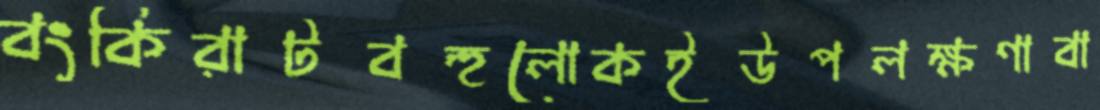
বংকিরাটবহুলোকইউপলক্ষণাবা